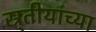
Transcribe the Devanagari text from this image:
स्र्तीयांच्या